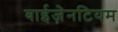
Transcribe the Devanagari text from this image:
बाईज़ेनटियम